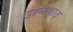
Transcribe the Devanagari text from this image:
उश्माघात